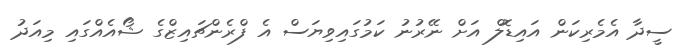
ސީދާ އެމެރިކަން އައިޑޮލް އަށް ނޭރުނު ކަމުގައިވިޔަސް އެ ފްރެންޗައިޒްގެ ޝޯއެއްގައި މިއަދު